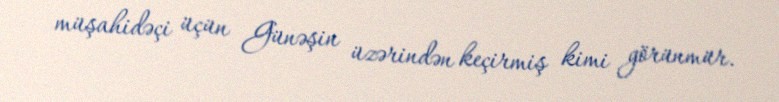
müşahidəçi üçün Günəşin üzərindən keçirmiş kimi görünmür.